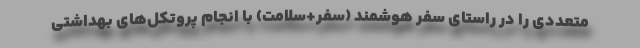
متعددی را در راستای سفر هوشمند (سفر+سلامت) با انجام پروتکل‌های بهداشتی